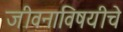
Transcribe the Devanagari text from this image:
जीवनाविषयीचे